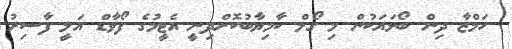
ހަމްޒާ ދިން ބޯޅައަކުން މި ގޯލް ކާމިޔާބުކޮށްދިނީ އެޓީމުގެ ފޯވާޑް އަލީ ފާސިރު